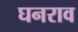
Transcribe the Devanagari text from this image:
घनराव